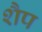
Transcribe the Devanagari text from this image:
शैप